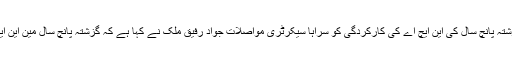
کمیٹی کا اجلاس سوموار کو چیئر مین کمیٹی مزمل قریشی کی زیر صدارت ہوا کمیٹی نے گزشتہ پانچ سال کی این ایچ اے کی کارکردگی کو سراہا سیکرٹری مواصلات جواد رفیق ملک نے کہا ہے کہ گزشتہ پانچ سال مین این ایچ اے نے بڑی محنت سے کام کیا ہے ہزارہ ایکسپریس وے ہری پور تک مکمل ہو گئی ہے ۔